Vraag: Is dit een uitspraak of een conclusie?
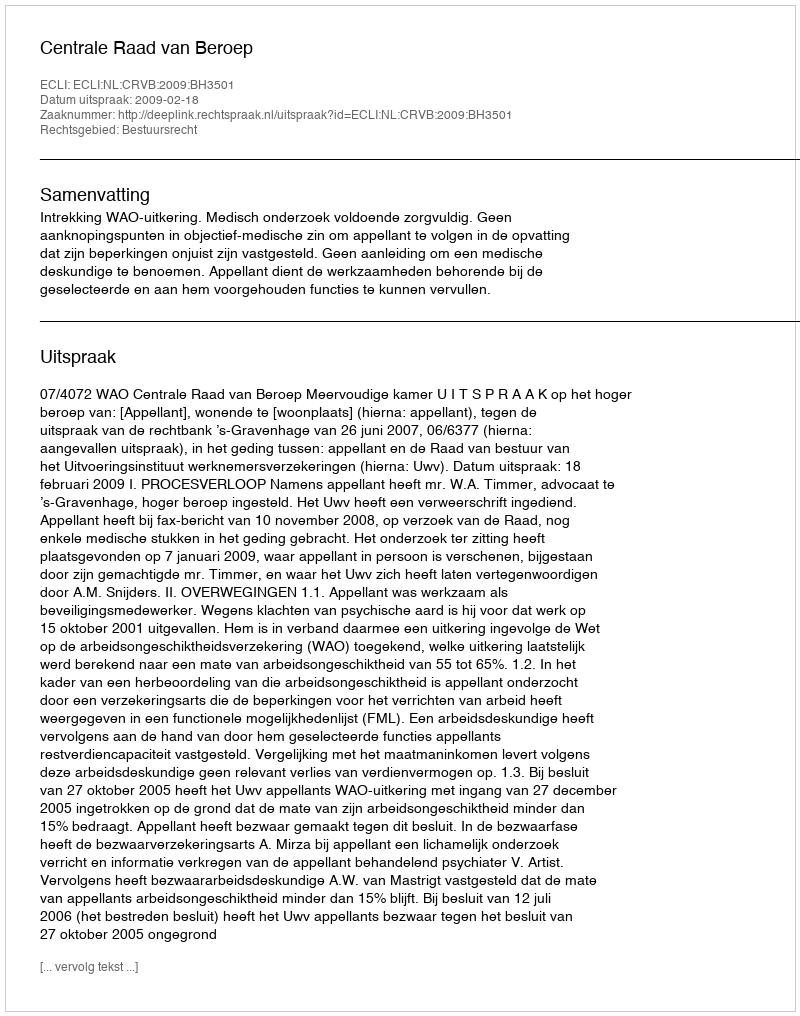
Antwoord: Uitspraak